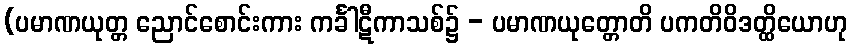
(ပမာဏယုတ္တ ညောင်စောင်းကား ကင်္ခါဋီကာသစ်၌ - ပမာဏယုတ္တောတိ ပကတိဝိဒတ္ထိယောဟု